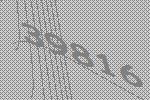
39816